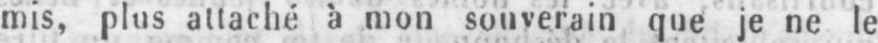
mis, plus attaché à mon souverain que je ne le